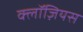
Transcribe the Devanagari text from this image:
क्लॉज़ियस